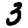
Digit: 3